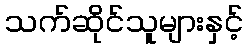
သက်ဆိုင်သူများနှင့်